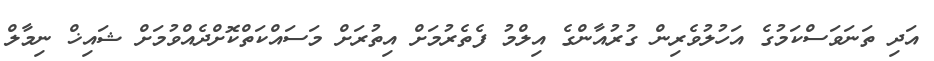
އަދި ތަނަވަސްކަމުގެ އަހުލުވެރިން ގުރުއާންގެ އިލްމު ފެތެރުމަށް އިތުރަށް މަސައްކަތްކޮށްދެއްވުމަށް ޝައިޚް ނިމާލް